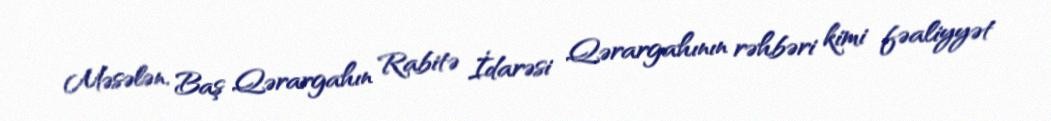
Məsələn, Baş Qərargahın Rabitə İdarəsi Qərargahının rəhbəri kimi fəaliyyət